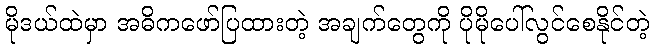
မိုဒယ်ထဲမှာ အဓိကဖော်ပြထားတဲ့ အချက်တွေကို ပိုမိုပေါ်လွင်စေနိုင်တဲ့